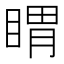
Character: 䁌